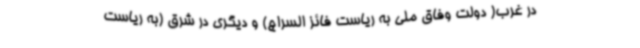
در غرب( دولت وفاق ملی به ریاست فائز السراج) و دیگری در شرق (به ریاست